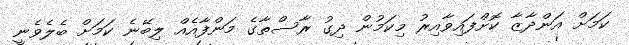
ކަމަށް އަންދާޒާ ކޮށްފައިވާއިރު މިކަމުން ދިގު ރާސްތާގެ މަންފާއެއް ލިބޭނެ ކަމަށް ބެލެވެނީ